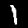
Label: 1